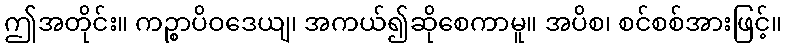
ဤအတိုင်း။ ကဉ္စာပိဝဒေယျ၊ အကယ်၍ဆိုစေကာမူ။ အပိစ၊ စင်စစ်အားဖြင့်။